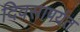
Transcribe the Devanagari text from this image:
दिवसापर्यत